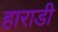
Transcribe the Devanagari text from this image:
हाराडी